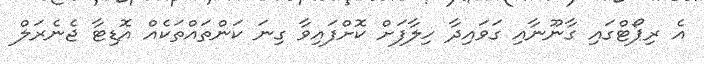
އެ ރިޕޯޓްގައި ގާނޫނާއި ގަވައިދާ ހިލާފަށް ކޮށްފައިވާ ގިނަ ކަންތައްތަކެއް އޮޑިޓާ ޖެނެރަލް